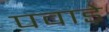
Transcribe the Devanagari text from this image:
पवाड़े